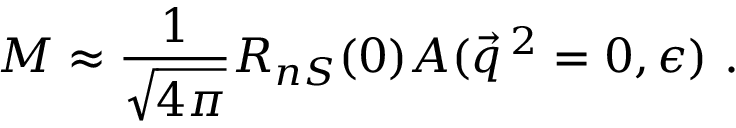
{ \cal M } \approx \frac { 1 } { \sqrt { 4 \pi } } R _ { n S } ( 0 ) A ( \vec { q } \, { } ^ { 2 } = 0 , \epsilon ) \ .